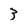
Character: 3